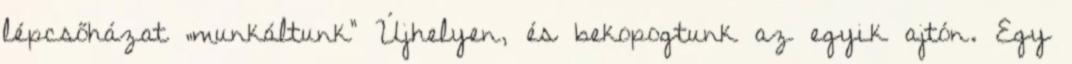
lépcsőházat „munkáltunk” Újhelyen, és bekopogtunk az egyik ajtón. Egy